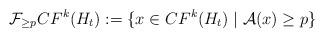
LaTeX: \begin{align*}\mathcal{F}_{\geq p} CF^{k}(H_{t}):= \lbrace x\in CF^{k}(H_{t})\mid \mathcal{A}(x)\geq p\rbrace\end{align*}